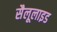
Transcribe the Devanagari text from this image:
सैलूलाइड